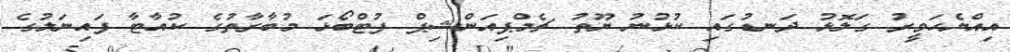
އިއްޔެހަވީރު ގަލޮޅު ދަނޑުގައި ކުޅުނު ޔޫތު ޗެމްޕިއަންޝިޕް ފުޓްބޯޅަ މުބާރާތުގެ ކުއާޓާ ފައިނަލުގެ